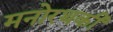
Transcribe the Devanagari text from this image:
मनोरथकी